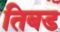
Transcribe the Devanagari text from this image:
तिबड